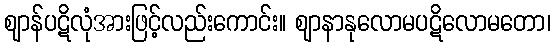
ဈာန်ပဋိလုံအားဖြင့်လည်းကောင်း။ ဈာနာနုလောမပဋိလောမတော၊